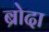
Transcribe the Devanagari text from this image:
ब्रोदा